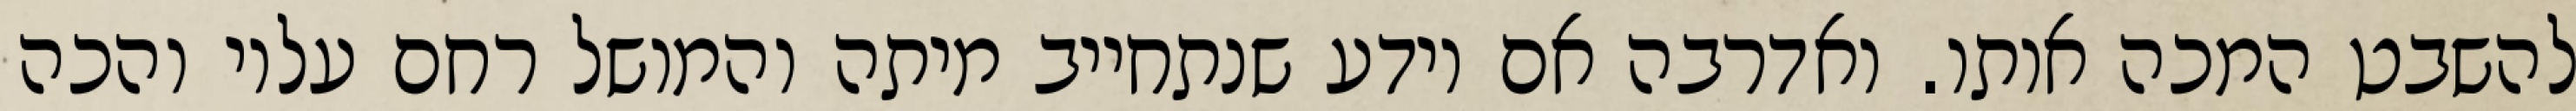
להשבט המכה אותו. ואדרבה אם יודע שנתחייב מיתה והמושל רחם עליו והכה